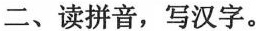
二、读拼音，写汉字。